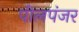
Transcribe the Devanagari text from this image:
पीलपंजर